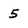
Character: 5